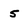
Character: 5